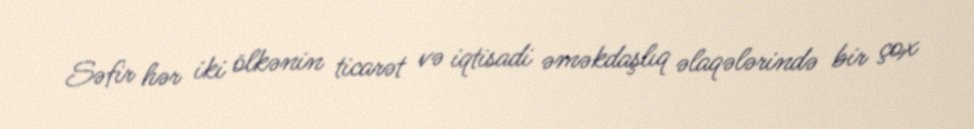
Səfir hər iki ölkənin ticarət və iqtisadi əməkdaşlıq əlaqələrində bir çox